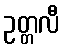
ဥတ္တလီ